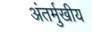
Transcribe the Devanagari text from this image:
अंतर्मुखीय